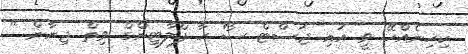
ކިހިނެއްހޭ ވީ އައި ޖަސްޓް ސޯ ހާ ފްލާޓިންގް ވިތް ޖިޔާން "